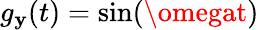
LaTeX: g_{\mathbf{y}}(t)=\sin(\omegat)